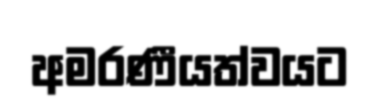
අමරණීයත්වයට